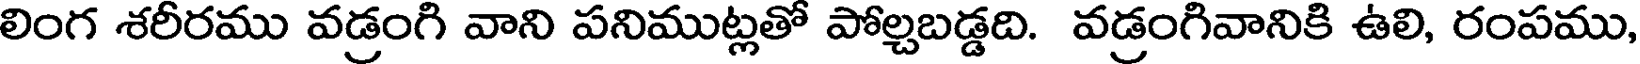
లింగ శరీరము వడ్రంగి వాని పనిముట్లతో పోల్చబడ్డది. వడ్రంగివానికి ఉలి, రంపము,